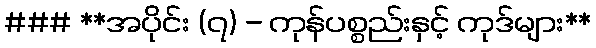
### **အပိုင်း (၇) - ကုန်ပစ္စည်းနှင့် ကုဒ်များ**